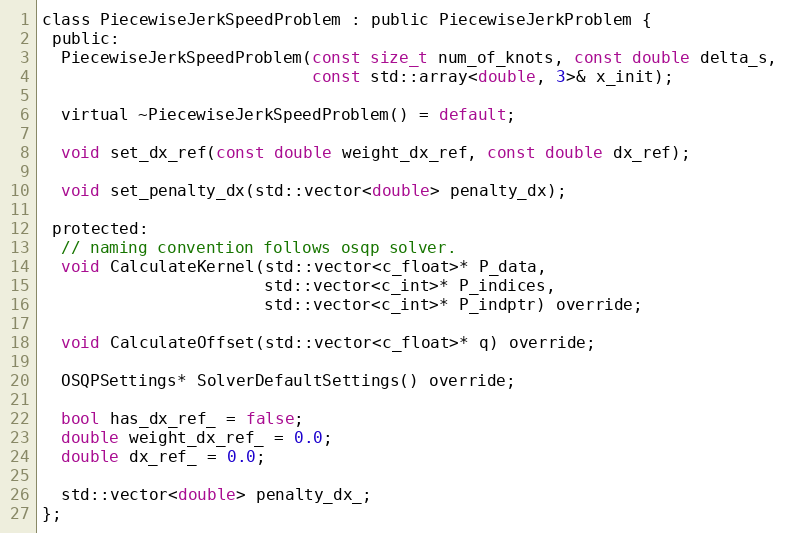
Language: C
class PiecewiseJerkSpeedProblem : public PiecewiseJerkProblem {
 public:
  PiecewiseJerkSpeedProblem(const size_t num_of_knots, const double delta_s,
                            const std::array<double, 3>& x_init);

  virtual ~PiecewiseJerkSpeedProblem() = default;

  void set_dx_ref(const double weight_dx_ref, const double dx_ref);

  void set_penalty_dx(std::vector<double> penalty_dx);

 protected:
  // naming convention follows osqp solver.
  void CalculateKernel(std::vector<c_float>* P_data,
                       std::vector<c_int>* P_indices,
                       std::vector<c_int>* P_indptr) override;

  void CalculateOffset(std::vector<c_float>* q) override;

  OSQPSettings* SolverDefaultSettings() override;

  bool has_dx_ref_ = false;
  double weight_dx_ref_ = 0.0;
  double dx_ref_ = 0.0;

  std::vector<double> penalty_dx_;
};